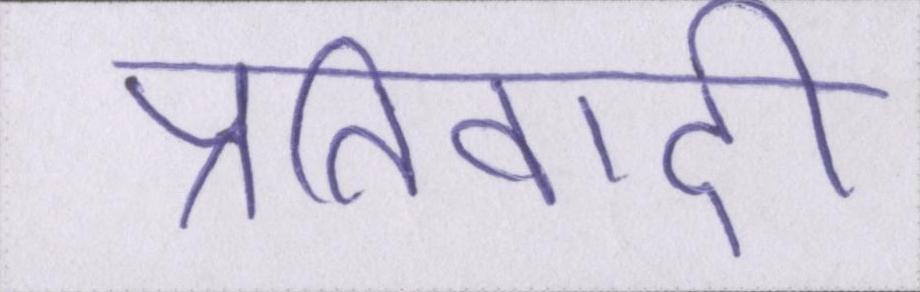
प्रतिवादी